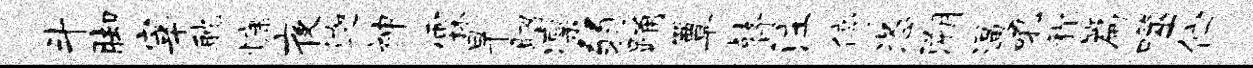
斗脚宰耽慷夜迦神霖旱昭凛弱踊簟瞽注停恣溯逼吼称篇噬伫